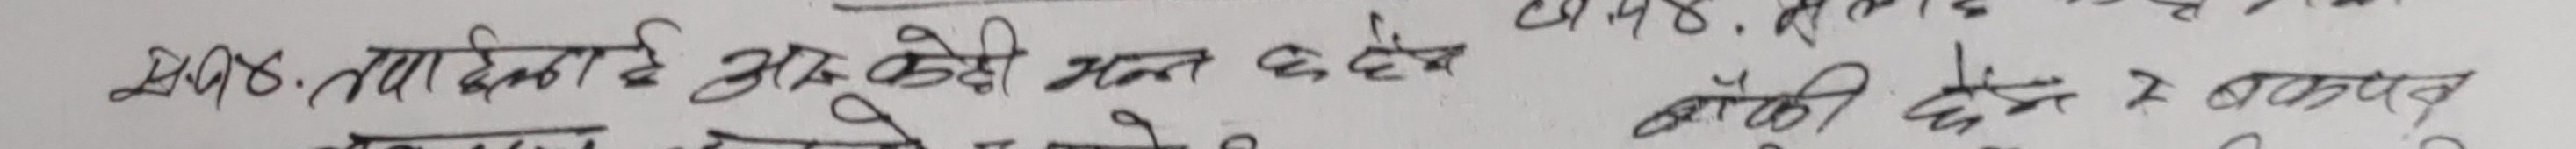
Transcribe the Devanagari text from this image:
2008. तथा देउकी आए कोही मान्छे छैन, बाँकी छैन 7 बकाया।